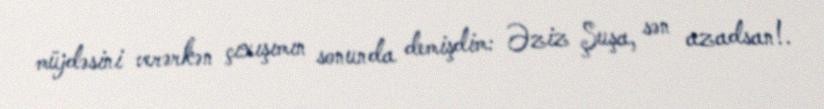
müjdəsini verərkən çıxışımın sonunda demişdim: Əziz Şuşa, sən azadsan!.